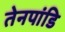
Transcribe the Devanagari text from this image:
तेनपांडि